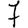
Digit: 7